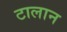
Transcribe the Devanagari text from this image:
टालान